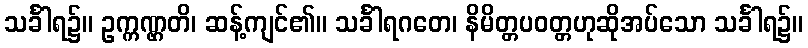
သင်္ခါရ၌။ ဥက္ကဏ္ဌတိ၊ ဆန့်ကျင်၏။ သင်္ခါရဂတေ၊ နိမိတ္တပဝတ္တဟုဆိုအပ်သော သင်္ခါရ၌။